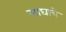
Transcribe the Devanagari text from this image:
माघाचे